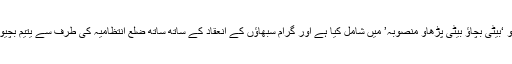
جموں و کشمیر کے کٹھوا ضلع میں کنورزینس ماڈل کے تحت تمام محکموں کو ‘بیٹی بچاؤ بیٹی پڑھاؤ منصوبہ’ میں شامل کیا ہے اور گرام سبھاؤں کے انعقاد کے ساتھ ساتھ ضلع انتظامیہ کی طرف سے یتیم بچیوں کو گود لینا، ان کی تعلیم کو یقینی بنانے، اس کی بھرپور کوشش ہو رہی ہے۔